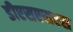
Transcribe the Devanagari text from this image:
डीएसएसएस